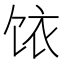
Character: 饻